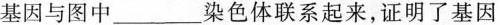
基因与图中_______染色体联系起来，证明了基因